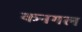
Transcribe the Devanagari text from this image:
कनगल